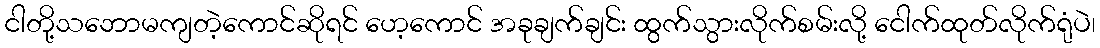
ငါတို့သဘောမကျတဲ့ကောင်ဆိုရင် ဟေ့ကောင် အခုချက်ချင်း ထွက်သွားလိုက်စမ်းလို့ ငေါက်ထုတ်လိုက်ရုံပဲ၊